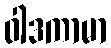
ဝါဒကာမာ